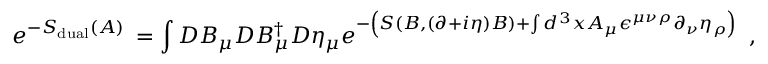
e ^ { - S _ { \mathrm { d u a l } } ( A ) \; } = \int D B _ { \mu } D B _ { \mu } ^ { \dagger } D \eta _ { \mu } e ^ { - \left( S ( B , ( \partial + i \eta ) B ) + \int d ^ { 3 } x A _ { \mu } \epsilon ^ { \mu \nu \rho } \partial _ { \nu } \eta _ { \rho } \right) \; } \; ,